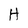
Character: H